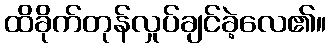
ထိခိုက်တုန်လှုပ်ချင်ခဲ့လေ၏။